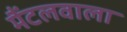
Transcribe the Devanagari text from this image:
मैंटलवाला